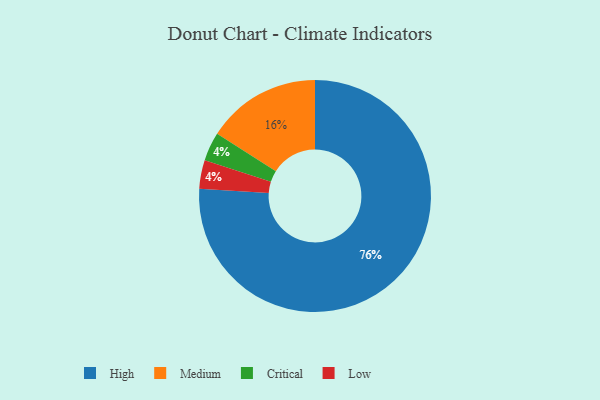
{"axis": {"x": "Category", "y": "Percentage"}, "legend": ["Critical", "High", "Low", "Medium"], "data": [{"x": "High", "y": 76, "type": "High"}, {"x": "Critical", "y": 4, "type": "Critical"}, {"x": "Medium", "y": 16, "type": "Medium"}, {"x": "Low", "y": 4, "type": "Low"}]}